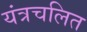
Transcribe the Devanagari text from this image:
यंत्रचलित